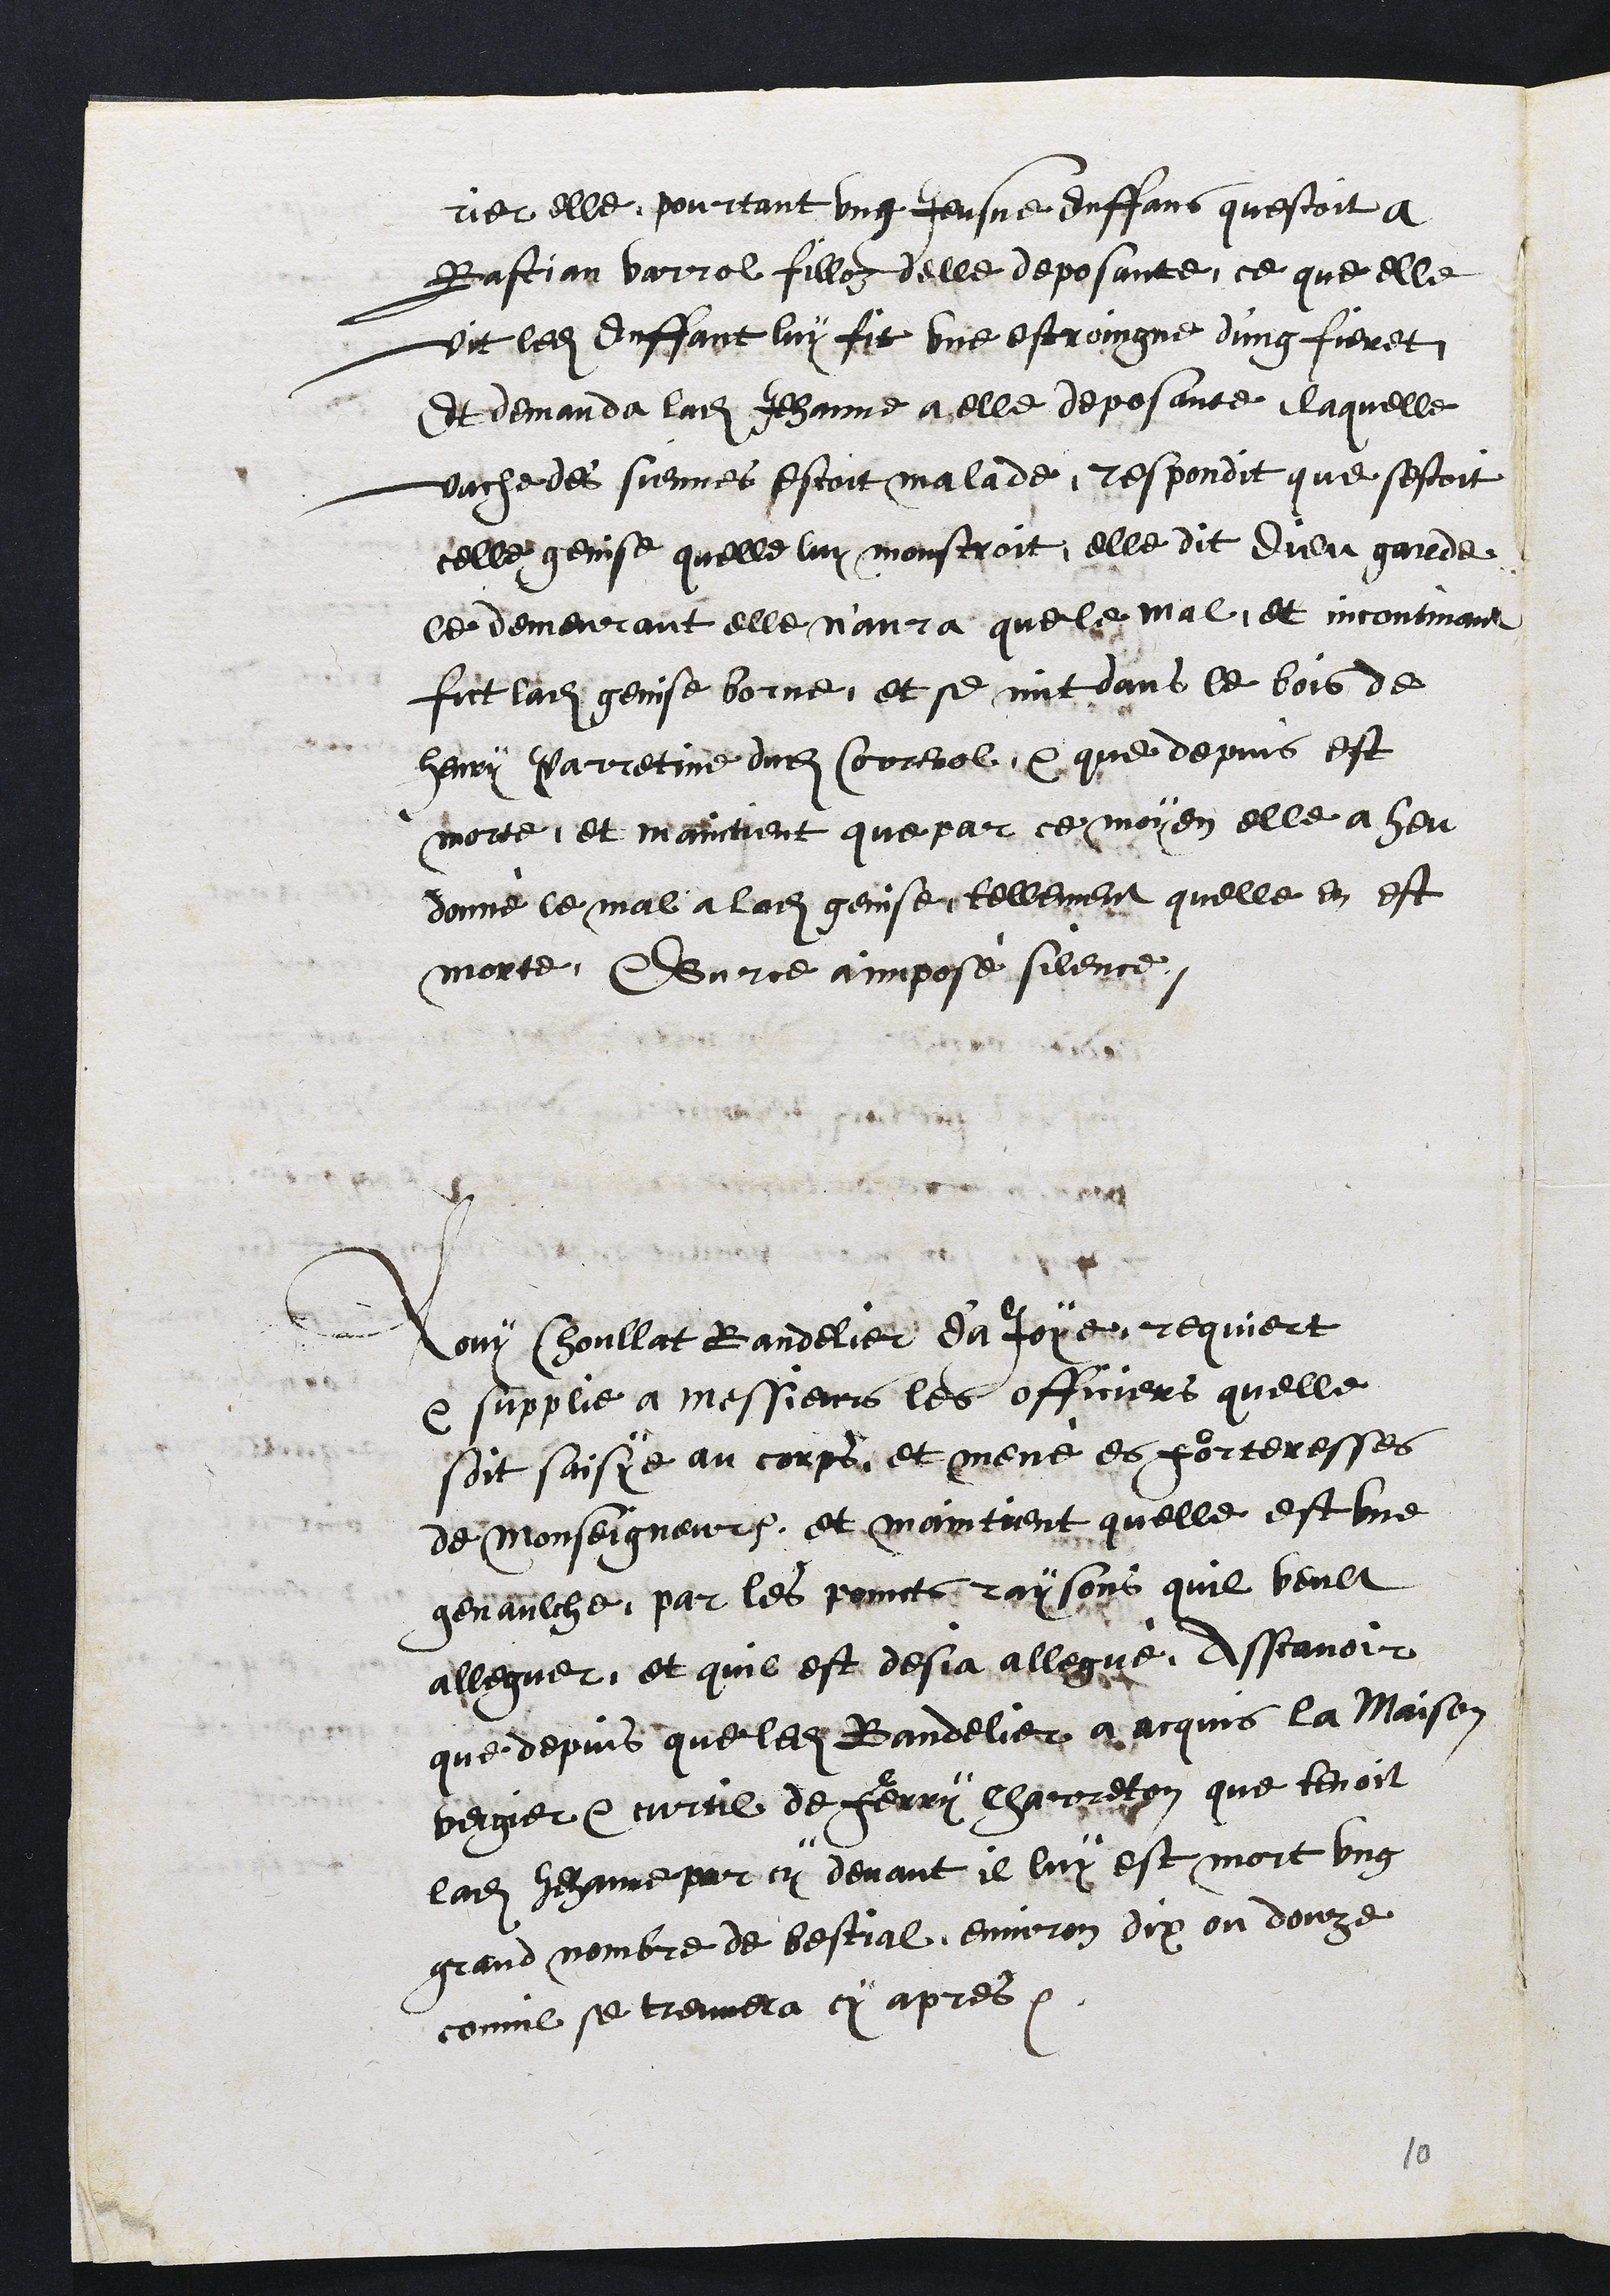
rier elle pourtant ung Jeusne enffans questoit a
Bastian Varrol filloz delle deposante, ce que elle
vit ledit enffant luy fit une estroingne d'ung fieret,
Et demanda ladite Jehanne a elle deposante, laquelle
vache des siennes estoit malade, respondit que sestoit
celle genise quelle luy monstroit, elle dit dieu garde
ce demeurant elle n'aura que le mal, et incontinant
fict ladite genise borne, et se mit dans le bois de
Henry Parretine dudit Correnol, et que depuis est
morte, et maintient que par ce moyen elle a heu
donné le mal a ladite genise tellement quelle en est
morte, Surce a imposé silence
Louy Choullat Bandelier d'a Joye requiert
et supplie a Messieurs les officiers quelle
soit saisye au corps et mené es forteresses
de Monseigneur, et maintient quelle est une
genaulche, par les poincts raisons quil veult
alleguer, et quil est desja allegué, Assavoir
que depuis que ledit Bandelier a acquis la Maison
vergier et curtil de Ferry Charreton que tenoit
ladite Jehanne par cy devant il luy est mort ung
grand nombre de bestial, environ dix ou douze
commil se treuvera cy apres.

10